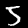
Label: 5